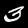
Digit: 3